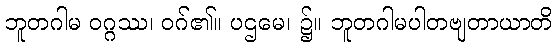
ဘူတဂါမ ဝဂ္ဂဿ၊ ဝဂ်၏။ ပဌမေ၊ ၌။ ဘူတဂါမပါတဗျတာယာတိ